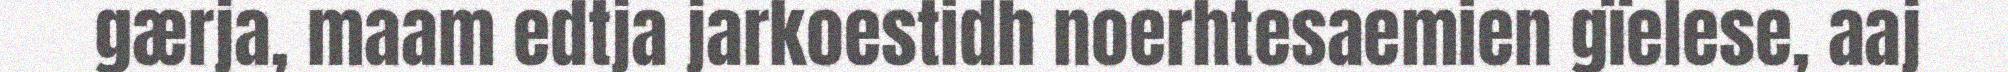
gærja, maam edtja jarkoestidh noerhtesaemien gïelese, aaj